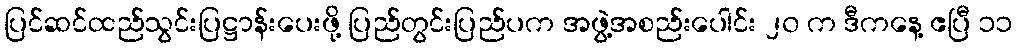
ပြင်ဆင်ထည်သွင်းပြဋ္ဌာန်းပေးဖို့ ပြည်တွင်းပြည်ပက အဖွဲ့အစည်းပေါင်း ၂၀ က ဒီကနေ့ ဧပြီ ၁၁